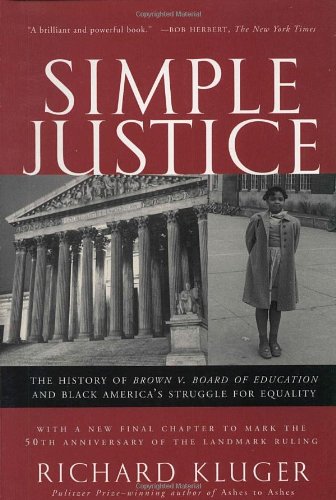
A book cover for Simple Justice: The History of Brown v. Board of Education and Black America's Struggle for Equality; Richard Kluger; Law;